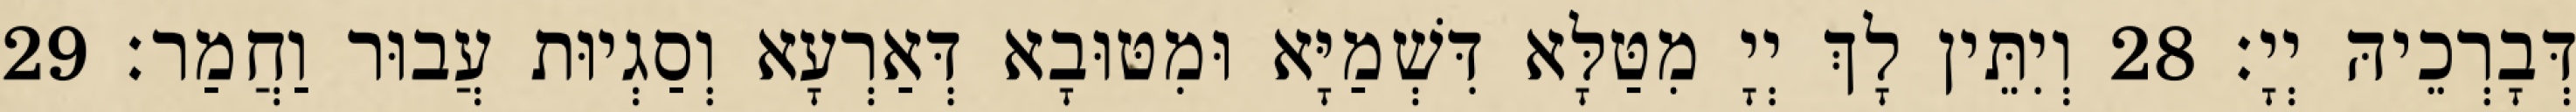
דְּבָרְכֵיהּ יְיָ׃ 28 וְיִתֵּין לָךְ יְיָ מִטַּלָּא דִּשְׁמַיָּא וּמִטּוּבָא דְּאַרְעָא וְסַגְיוּת עֲבוּר וַחֲמַר׃ 29